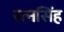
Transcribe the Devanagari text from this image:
रत्‍नसिंह